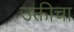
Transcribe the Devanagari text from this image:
उक्तीचा